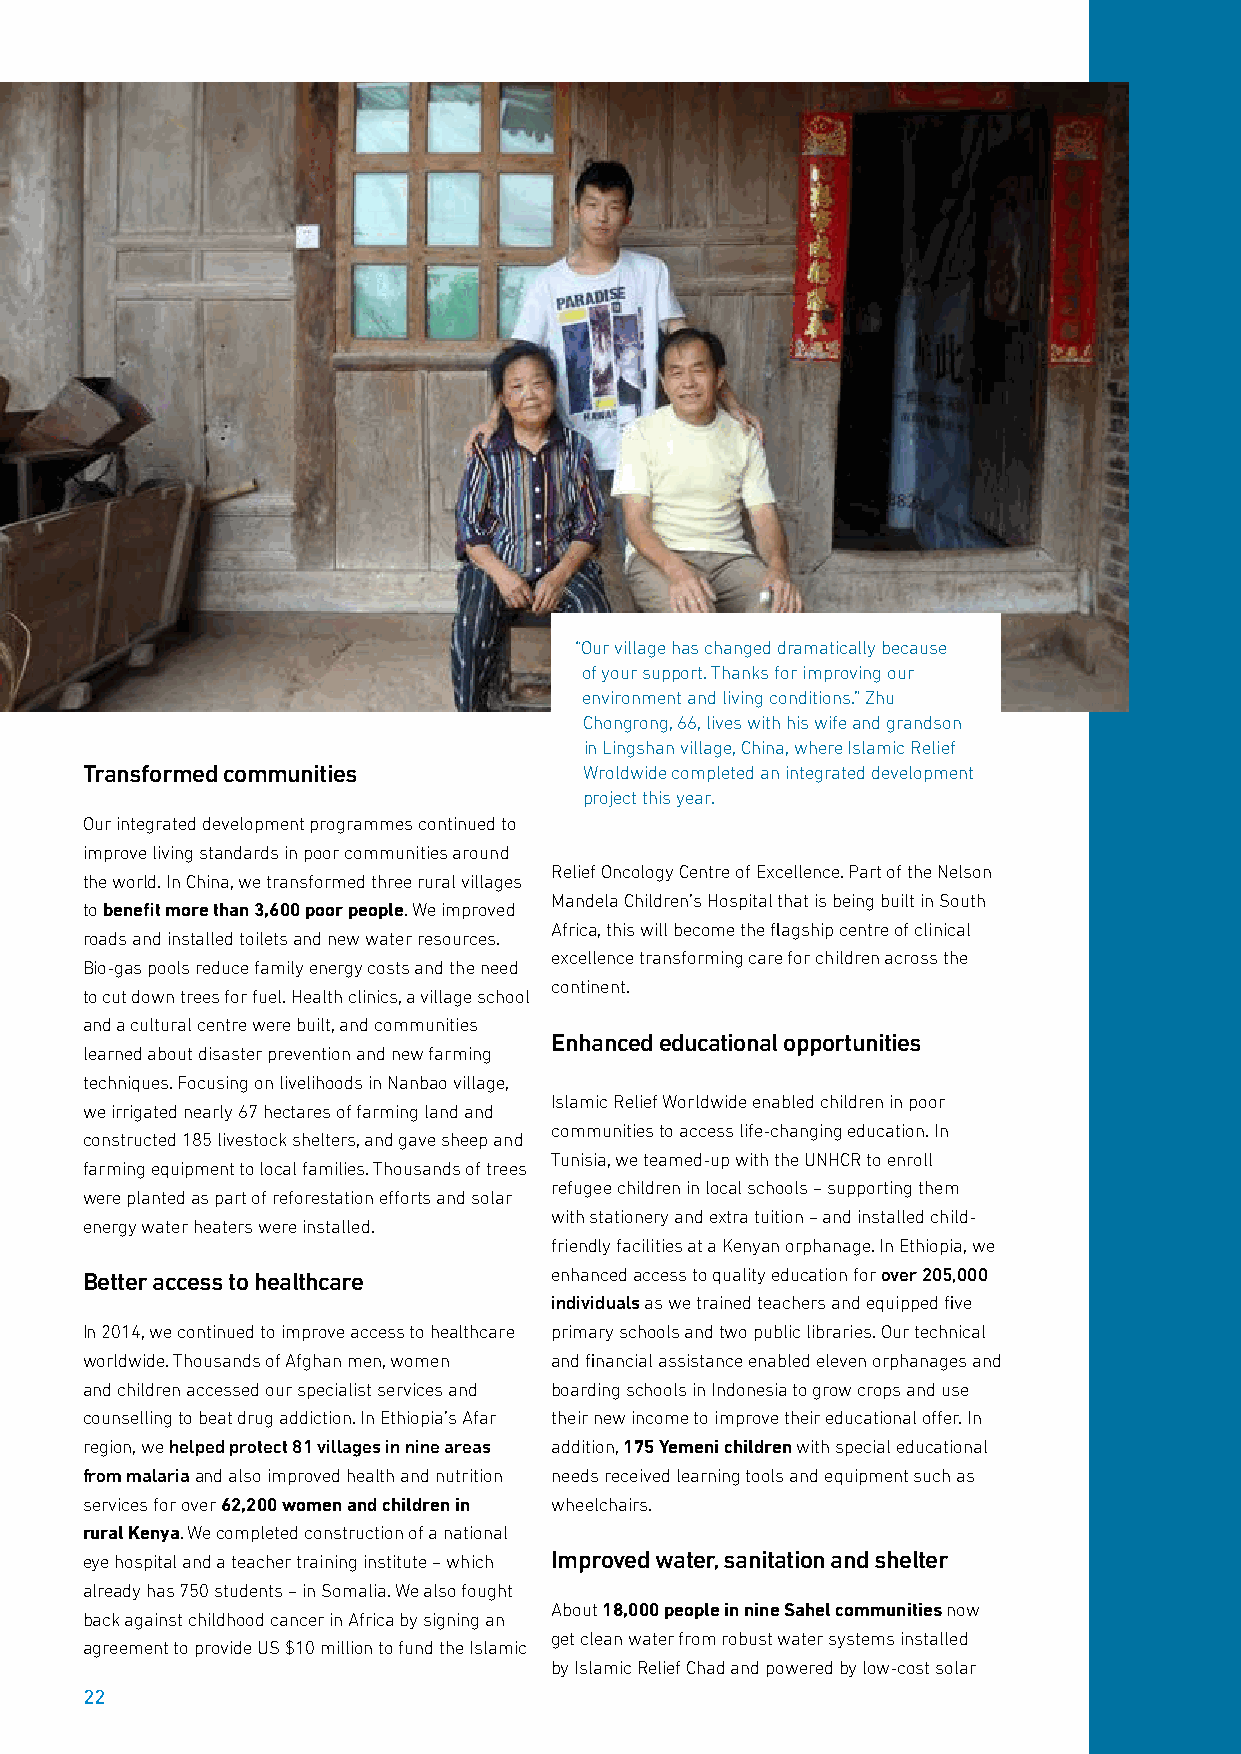
“Our village has changed dramatically because
 of your support. Thanks for improving our
 environment and living conditions.” Zhu
 Chongrong, 66, lives with his wife and grandson
 in Lingshan village, China, where Islamic Relief
 Transformed communities           Wroldwide completed an integrated development
 project this year.
 Our integrated development programmes continued to
 improve living standards in poor communities around
 Relief Oncology Centre of Excellence. Part of the Nelson
 the world. In China, we transformed three rural villages
 Mandela Children’s Hospital that is being built in South
 to benefit more than 3,600 poor people. We improved
 Africa, this will become the flagship centre of clinical
 roads and installed toilets and new water resources.
 excellence transforming care for children across the
 Bio-gas pools reduce family energy costs and the need
 continent.
 to cut down trees for fuel. Health clinics, a village school
 and a cultural centre were built, and communities
 Enhanced educational opportunities
 learned about disaster prevention and new farming
 techniques. Focusing on livelihoods in Nanbao village,
 Islamic Relief Worldwide enabled children in poor
 we irrigated nearly 67 hectares of farming land and
 communities to access life-changing education. In
 constructed 185 livestock shelters, and gave sheep and
 Tunisia, we teamed-up with the UNHCR to enroll
 farming equipment to local families. Thousands of trees
 refugee children in local schools – supporting them
 were planted as part of reforestation efforts and solar
 with stationery and extra tuition – and installed child-
 energy water heaters were installed.
 friendly facilities at a Kenyan orphanage. In Ethiopia, we
 Better access to healthcare    enhanced access to quality education for over 205,000
 individuals as we trained teachers and equipped five
 In 2014, we continued to improve access to healthcare primary schools and two public libraries. Our technical
 worldwide. Thousands of Afghan men, women and financial assistance enabled eleven orphanages and
 and children accessed our specialist services and boarding schools in Indonesia to grow crops and use
 counselling to beat drug addiction. In Ethiopia’s Afar their new income to improve their educational offer. In
 region, we helped protect 81 villages in nine areas addition, 175 Yemeni children with special educational
 from malaria and also improved health and nutrition needs received learning tools and equipment such as
 services for over 62,200 women and children in wheelchairs.
 rural Kenya. We completed construction of a national
 eye hospital and a teacher training institute – which Improved water, sanitation and shelter
 already has 750 students – in Somalia. We also fought
 About 18,000 people in nine Sahel communities now
 back against childhood cancer in Africa by signing an
 get clean water from robust water systems installed
 agreement to provide US $10 million to fund the Islamic
 by Islamic Relief Chad and powered by low-cost solar
 22